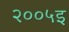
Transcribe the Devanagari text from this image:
२००५इ